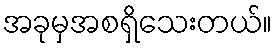
အခုမှအစရှိသေးတယ်။